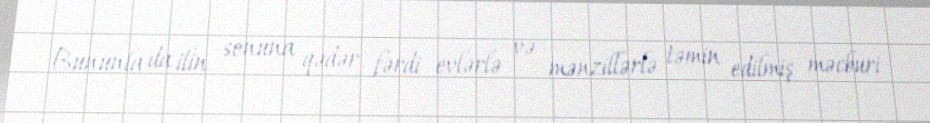
Bununla da ilin sonuna qədər fərdi evlərlə və mənzillərlə təmin edilmiş məcburi